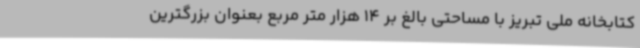
کتابخانه ملی تبریز با مساحتی بالغ بر 14 هزار متر مربع بعنوان بزرگترین